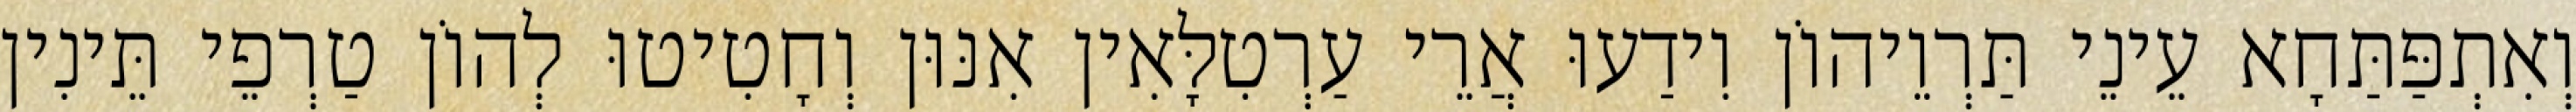
וְאִתְפַּתַּחָא עֵינֵי תַּרְוֵיהוֹן וִידַעוּ אֲרֵי עַרְטִלָּאִין אִנּוּן וְחָטִיטוּ לְהוֹן טַרְפֵי תֵּינִין